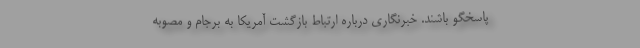
پاسخگو باشند. خبرنگاری درباره ارتباط بازگشت آمریکا به برجام و مصوبه